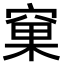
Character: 窠